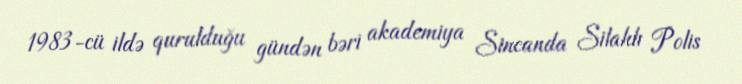
1983-cü ildə qurulduğu gündən bəri akademiya Sincanda Silahlı Polis